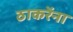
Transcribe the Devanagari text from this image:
ठाकरेंना